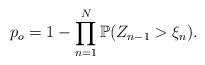
LaTeX: \begin{align*} p_{o}=1-\prod_{n=1}^{N}\mathbb P(Z_{n-1}>\xi_{n}). \end{align*}